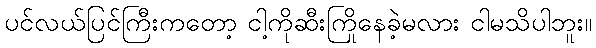
ပင်လယ်ပြင်ကြီးကတော့ ငါ့ကိုဆီးကြိုနေခဲ့မလား ငါမသိပါဘူး။